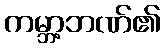
ကမ္ဘာ့ဘဏ်၏